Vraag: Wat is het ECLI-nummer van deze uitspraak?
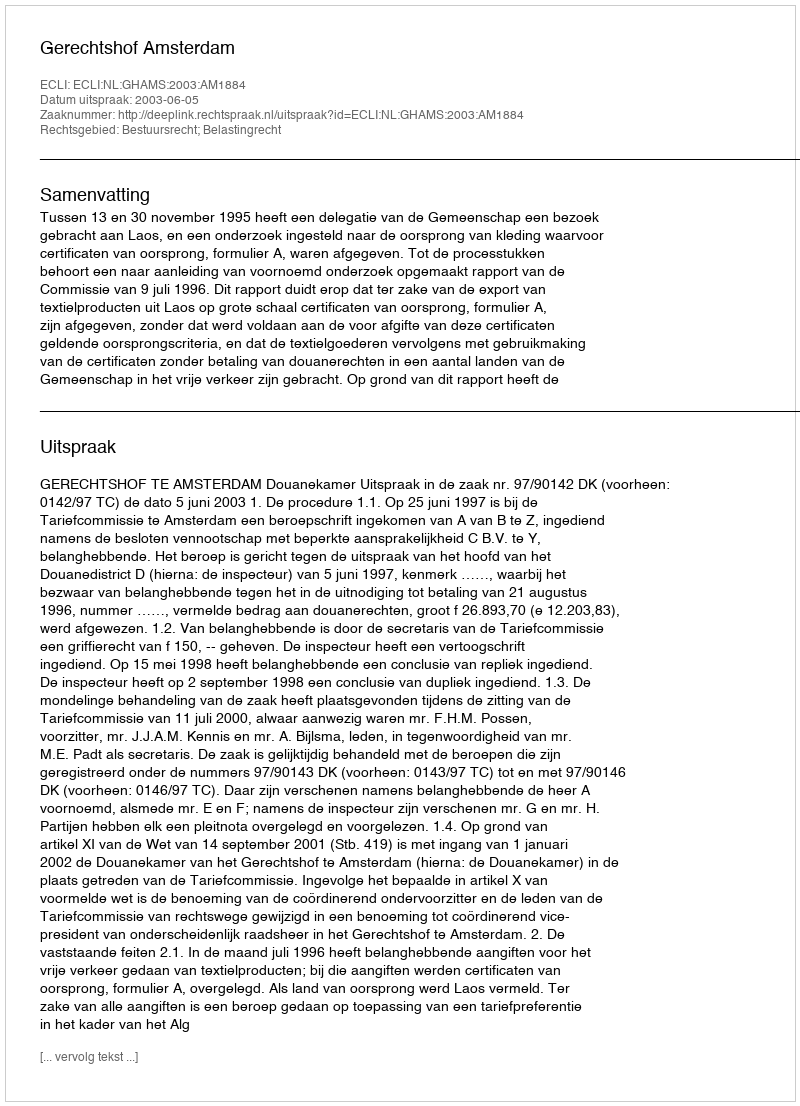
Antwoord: ECLI:NL:GHAMS:2003:AM1884